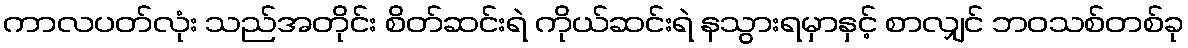
ကာလပတ်လုံး သည်အတိုင်း စိတ်ဆင်းရဲ ကိုယ်ဆင်းရဲ နသွားရမှာနှင့် စာလျှင် ဘဝသစ်တစ်ခု